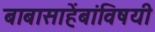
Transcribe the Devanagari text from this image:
बाबासाहेंबांविषयी